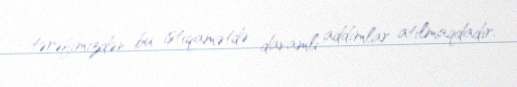
tərəfimizdən bu istiqamətdə davamlı addımlar atılmaqdadır.